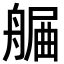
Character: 𦩯